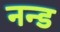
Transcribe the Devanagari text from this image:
नन्ड